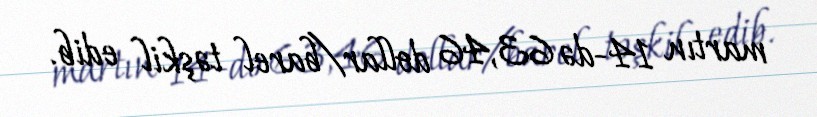
martın 14-də 63,46 dollar/barel təşkil edib.